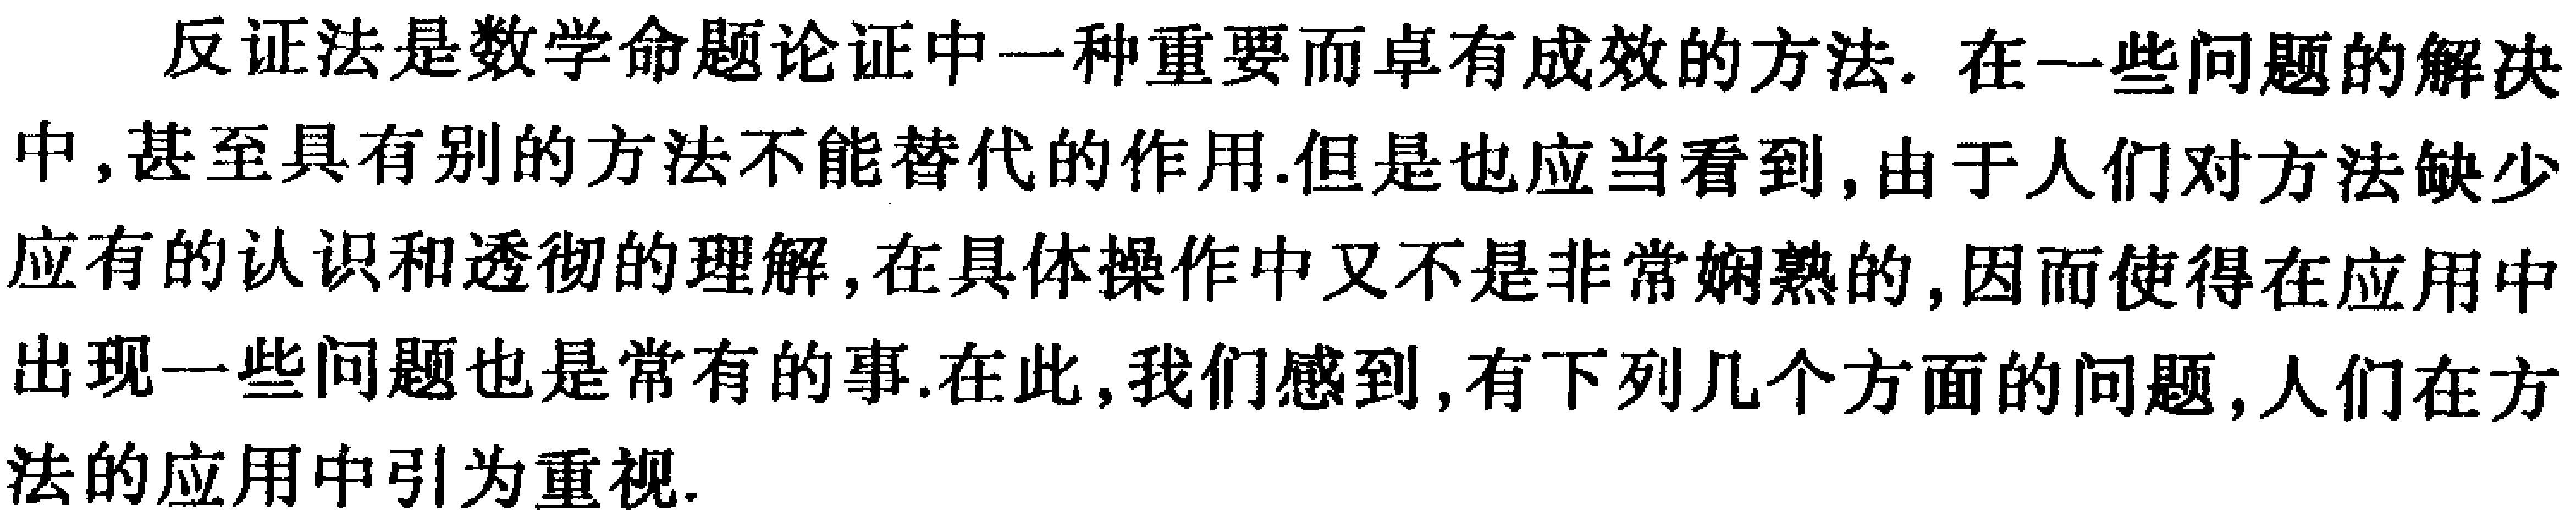
反证法是数学命题论证中一种重要而卓有成效的方法. 在一些问题的解决中,甚至具有别的方法不能替代的作用.但是也应当看到,由于人们对方法缺少应有的认识和透彻的理解,在具体操作中又不是非常娴熟的,因而使得在应用中出现一些问题也是常有的事.在此,我们感到,有下列几个方面的问题,人们在方法的应用中引为重视.